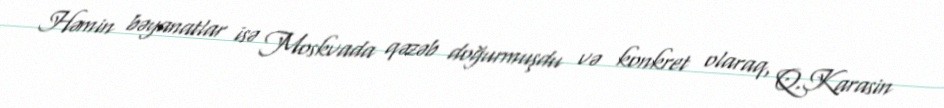
Həmin bəyanatlar isə Moskvada qəzəb doğurmuşdu və konkret olaraq, Q.Karasin